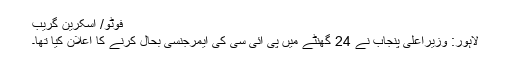
فوٹو/ اسکرین گریب
لاہور: وزیراعلیٰ پنجاب نے 24 گھنٹے میں پی آئی سی کی ایمرجنسی بحال کرنے کا اعلان کیا تھا۔